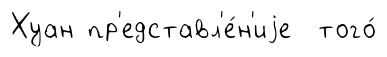
Хуан пр'едставл'е́н'иjе того́